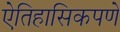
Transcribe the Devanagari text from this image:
ऐतिहासिकपणे